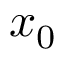
x _ { 0 }